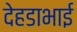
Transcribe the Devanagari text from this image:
देहडाभाई